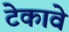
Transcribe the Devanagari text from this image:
टेकावे